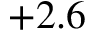
+ 2 . 6